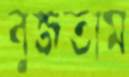
বুজতাম